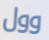
وول